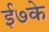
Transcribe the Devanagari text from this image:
ई७के